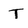
Character: T